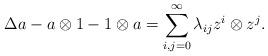
LaTeX: \begin{align*}\Delta a - a\otimes 1 - 1\otimes a = \sum_{i,j=0}^\infty \lambda_{ij}z^i\otimes z^j.\end{align*}